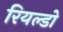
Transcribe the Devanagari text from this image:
रियल्डो